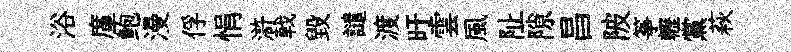
浴廑鲍漫俘悁滸戟毁譴渡旴雲風阯隙昌陂筝轣黨萩